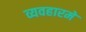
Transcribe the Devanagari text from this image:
व्यवहारमे